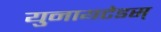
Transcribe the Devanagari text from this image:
युनायटेडस्